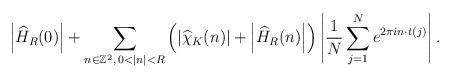
LaTeX: \begin{align*}\left\vert \widehat{H}_{R}(0)\right\vert +\sum_{n\in\mathbb{Z}^{2},\,0<|n|<R}\left( \left\vert \widehat{\chi}_{K}(n)\right\vert +\left\vert\widehat{H}_{R}(n)\right\vert \right) \left\vert \frac{1}{N}\sum_{j=1}^{N}e^{2\pi in\cdot t(j)}\right\vert. \end{align*}